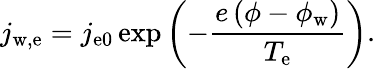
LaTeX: j_{\mathrm{w,e}}=j_{\mathrm{e0}}\exp{\left(-\frac{e\left(\phi-\phi_{\mathrm{w}}\right)}{T_{\mathrm{e}}}\right)}.